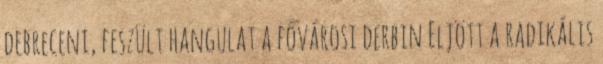
debreceni, feszült hangulat a fővárosi derbin Eljött a radikális